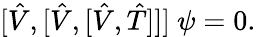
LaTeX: [\hat{V},[\hat{V},[\hat{V},\hat{T}]]]\ \psi=0.